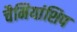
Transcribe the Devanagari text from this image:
चैमियांशिप